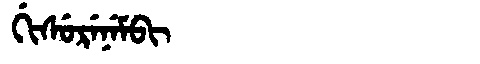
Manchu: ᡤᡳᠰᡠᡵᡝᠨᡝᠮᠪᡳ
Romanization: GISURENEMBI